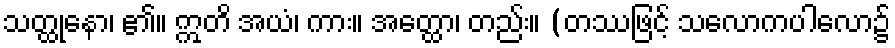
သတ္ထုနော၊ ၏။ ဣတိ အယံ၊ ကား။ အတ္ထော၊ တည်း။ (တဿဖြင့် သလောကပါလော၌